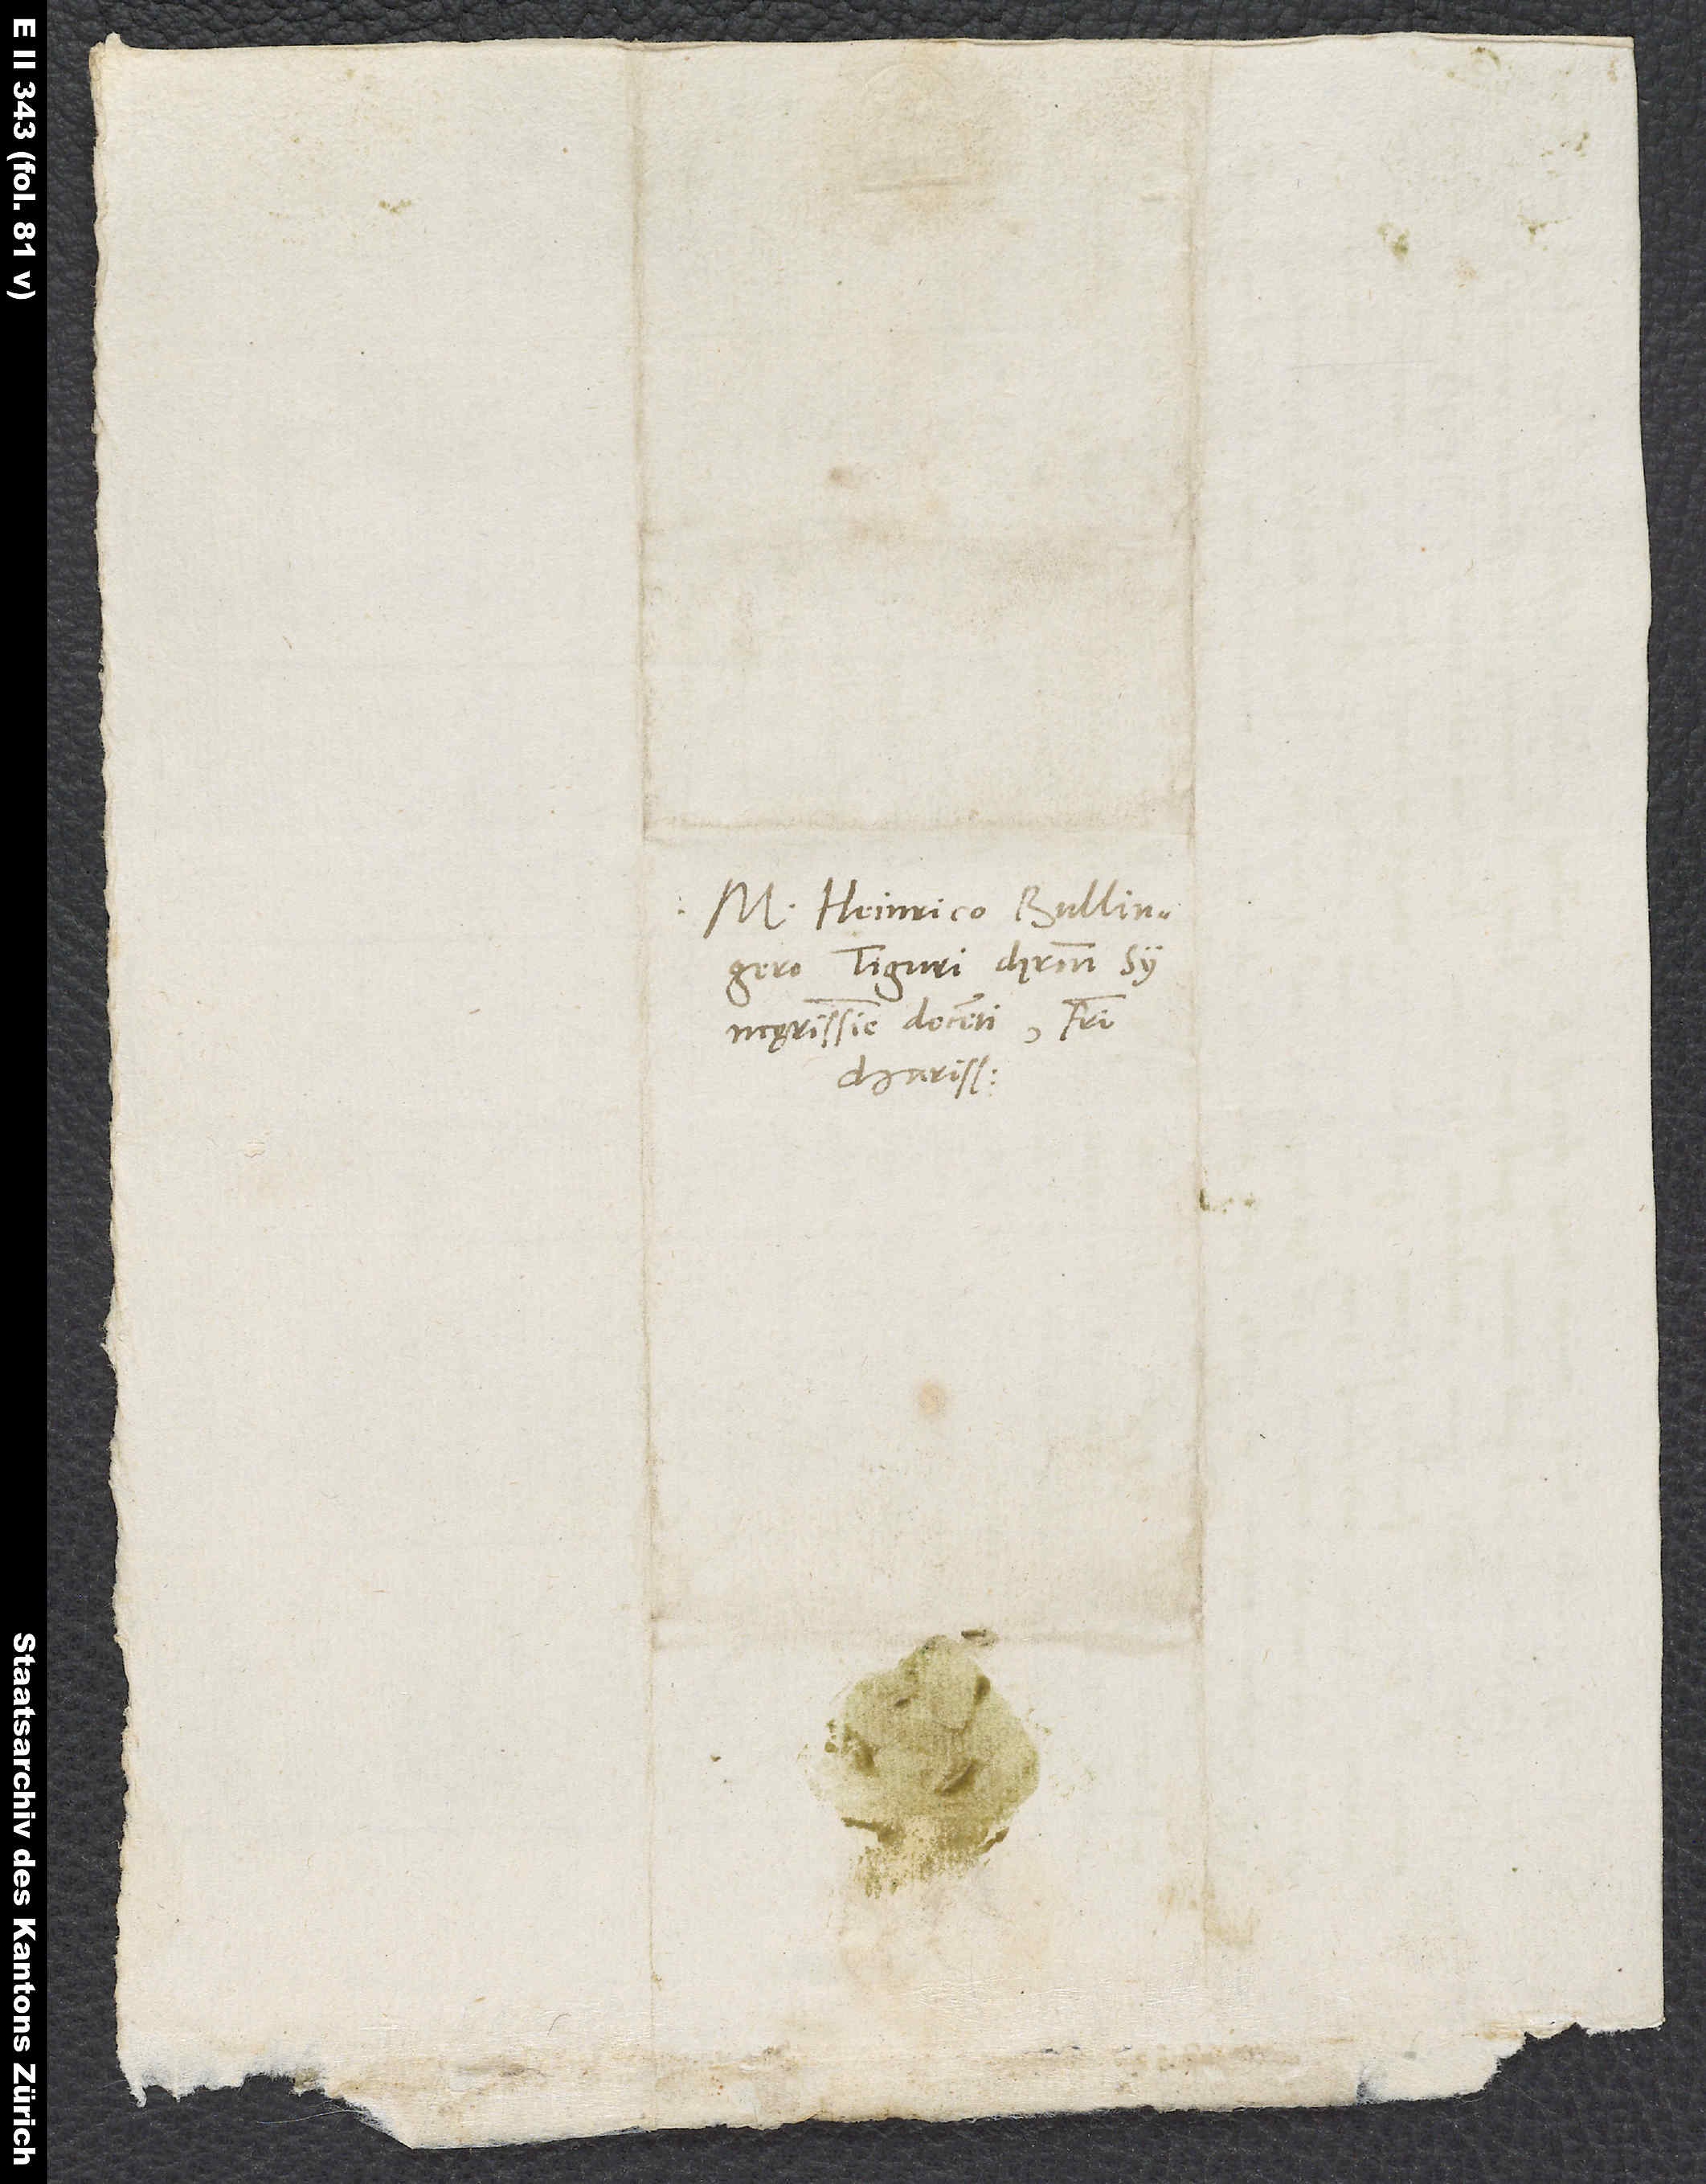
M. Heinrico Bullingero,
Tiguri Christum
syncęrissime docenti, fratri
charissimo.